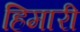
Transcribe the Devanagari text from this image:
हिमारी